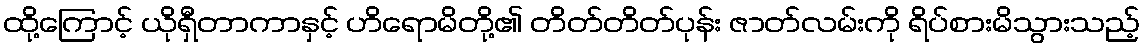
ထို့ကြောင့် ယိုရှီတာကာနှင့် ဟိရောမိတို့၏ တိတ်တိတ်ပုန်း ဇာတ်လမ်းကို ရိပ်စားမိသွားသည့်